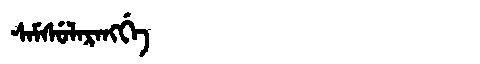
Manchu: ᠰᠠᠮᠰᡠᠯᠠᡵᠠᠩᡤᡝ
Romanization: SAMSULARANGGE